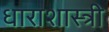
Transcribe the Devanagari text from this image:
धाराशास्त्री